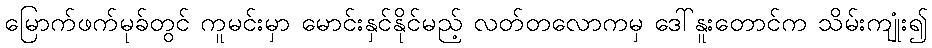
မြောက်ဖက်မုခ်တွင် ကူမင်းမှာ မောင်းနှင်နိုင်မည့် လတ်တလောကမှ ဒေါ်နူးတောင်က သိမ်းကျုံး၍